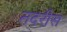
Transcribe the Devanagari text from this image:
तदरीस